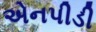
એનપીડી